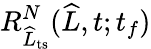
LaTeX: R_{\widehat{L}_{\mathrm{ts}}}^{N}(\widehat{L},t;t_{f})